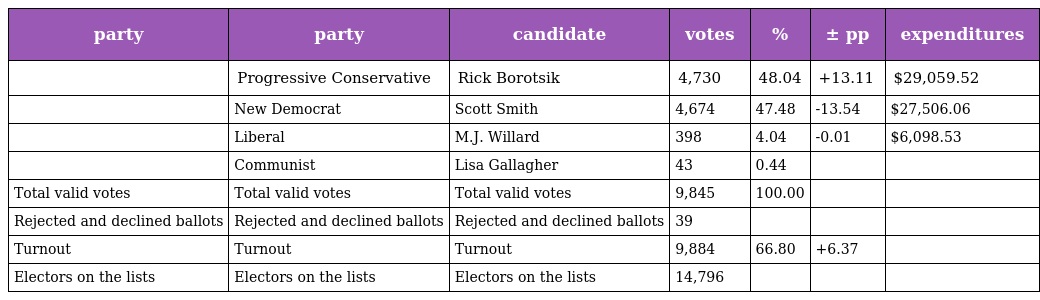
| party | party | candidate | votes | % | ± pp | expenditures |
 | --- | --- | --- | --- | --- | --- | --- |
 |  | Progressive Conservative | Rick Borotsik | 4,730 | 48.04 | +13.11 | $29,059.52 |
 |  | New Democrat | Scott Smith | 4,674 | 47.48 | -13.54 | $27,506.06 |
 |  | Liberal | M.J. Willard | 398 | 4.04 | -0.01 | $6,098.53 |
 |  | Communist | Lisa Gallagher | 43 | 0.44 |  |  |
 | Total valid votes | Total valid votes | Total valid votes | 9,845 | 100.00 |  |  |
 | Rejected and declined ballots | Rejected and declined ballots | Rejected and declined ballots | 39 |  |  |  |
 | Turnout | Turnout | Turnout | 9,884 | 66.80 | +6.37 |  |
 | Electors on the lists | Electors on the lists | Electors on the lists | 14,796 |  |  |  |